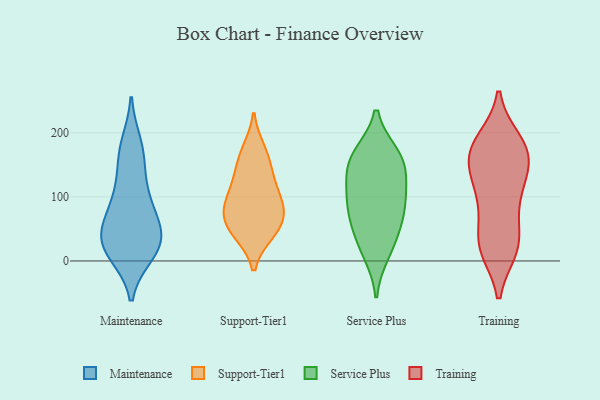
{"axis": {"x": "Waste Production (Tons)", "y": "Value"}, "legend": ["Maintenance", "Service Plus", "Support-Tier1", "Training"], "data": [{"x": "", "y": 52, "type": "Maintenance"}, {"x": "", "y": 182, "type": "Maintenance"}, {"x": "", "y": 171, "type": "Maintenance"}, {"x": "", "y": 30, "type": "Maintenance"}, {"x": "", "y": 51, "type": "Maintenance"}, {"x": "", "y": 16, "type": "Maintenance"}, {"x": "", "y": 106, "type": "Maintenance"}, {"x": "", "y": 83, "type": "Maintenance"}, {"x": "", "y": 47, "type": "Maintenance"}, {"x": "", "y": 23, "type": "Maintenance"}, {"x": "", "y": 152, "type": "Maintenance"}, {"x": "", "y": 12, "type": "Maintenance"}, {"x": "", "y": 100, "type": "Maintenance"}, {"x": "", "y": 23, "type": "Maintenance"}, {"x": "", "y": 161, "type": "Support-Tier1"}, {"x": "", "y": 95, "type": "Support-Tier1"}, {"x": "", "y": 80, "type": "Support-Tier1"}, {"x": "", "y": 129, "type": "Support-Tier1"}, {"x": "", "y": 44, "type": "Support-Tier1"}, {"x": "", "y": 86, "type": "Support-Tier1"}, {"x": "", "y": 123, "type": "Support-Tier1"}, {"x": "", "y": 53, "type": "Support-Tier1"}, {"x": "", "y": 74, "type": "Support-Tier1"}, {"x": "", "y": 45, "type": "Support-Tier1"}, {"x": "", "y": 172, "type": "Support-Tier1"}, {"x": "", "y": 147, "type": "Service Plus"}, {"x": "", "y": 27, "type": "Service Plus"}, {"x": "", "y": 68, "type": "Service Plus"}, {"x": "", "y": 54, "type": "Service Plus"}, {"x": "", "y": 166, "type": "Service Plus"}, {"x": "", "y": 112, "type": "Service Plus"}, {"x": "", "y": 12, "type": "Service Plus"}, {"x": "", "y": 86, "type": "Service Plus"}, {"x": "", "y": 156, "type": "Service Plus"}, {"x": "", "y": 166, "type": "Service Plus"}, {"x": "", "y": 122, "type": "Service Plus"}, {"x": "", "y": 88, "type": "Service Plus"}, {"x": "", "y": 20, "type": "Training"}, {"x": "", "y": 160, "type": "Training"}, {"x": "", "y": 180, "type": "Training"}, {"x": "", "y": 37, "type": "Training"}, {"x": "", "y": 129, "type": "Training"}, {"x": "", "y": 187, "type": "Training"}, {"x": "", "y": 126, "type": "Training"}, {"x": "", "y": 176, "type": "Training"}, {"x": "", "y": 23, "type": "Training"}, {"x": "", "y": 114, "type": "Training"}, {"x": "", "y": 166, "type": "Training"}, {"x": "", "y": 19, "type": "Training"}, {"x": "", "y": 179, "type": "Training"}, {"x": "", "y": 24, "type": "Training"}, {"x": "", "y": 85, "type": "Training"}, {"x": "", "y": 84, "type": "Training"}, {"x": "", "y": 153, "type": "Training"}]}